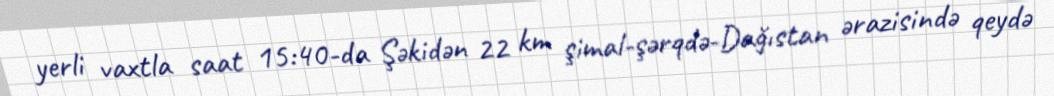
yerli vaxtla saat 15:40-da Şəkidən 22 km şimal-şərqdə-Dağıstan ərazisində qeydə